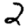
Digit: 2